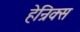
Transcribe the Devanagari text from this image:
हेन्रिक्स